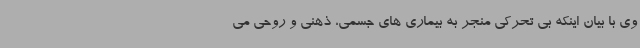
وی با بیان اینکه بی تحرکی منجر به بیماری های جسمی، ذهنی و روحی می